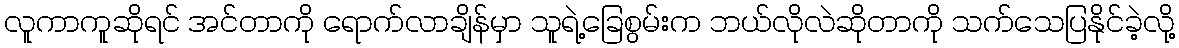
လူကာကူဆိုရင် အင်တာကို ရောက်လာချိန်မှာ သူရဲ့ခြေစွမ်းက ဘယ်လိုလဲဆိုတာကို သက်သေပြနိုင်ခဲ့လို့